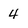
Character: 4